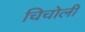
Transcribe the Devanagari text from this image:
चिचोली